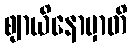
ဈာယိနောမှာတိ